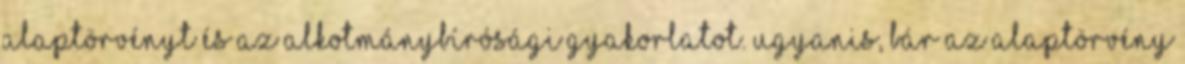
Alaptörvényt és az alkotmánybírósági gyakorlatot. Ugyanis, bár az Alaptörvény